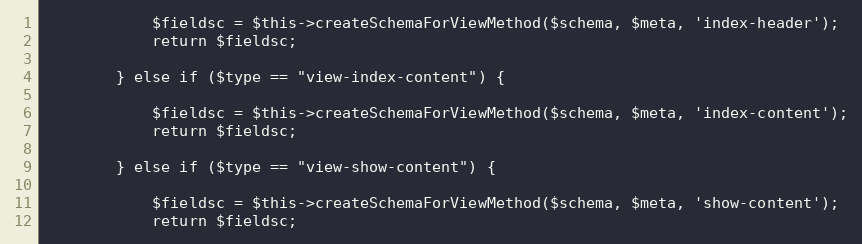
Language: PHP
            $fieldsc = $this->createSchemaForViewMethod($schema, $meta, 'index-header');
            return $fieldsc;

        } else if ($type == "view-index-content") {

            $fieldsc = $this->createSchemaForViewMethod($schema, $meta, 'index-content');
            return $fieldsc;

        } else if ($type == "view-show-content") {

            $fieldsc = $this->createSchemaForViewMethod($schema, $meta, 'show-content');
            return $fieldsc;